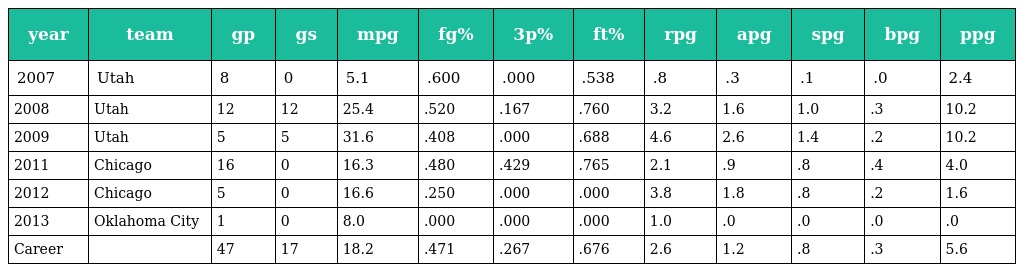
| year | team | gp | gs | mpg | fg% | 3p% | ft% | rpg | apg | spg | bpg | ppg |
 | --- | --- | --- | --- | --- | --- | --- | --- | --- | --- | --- | --- | --- |
 | 2007 | Utah | 8 | 0 | 5.1 | .600 | .000 | .538 | .8 | .3 | .1 | .0 | 2.4 |
 | 2008 | Utah | 12 | 12 | 25.4 | .520 | .167 | .760 | 3.2 | 1.6 | 1.0 | .3 | 10.2 |
 | 2009 | Utah | 5 | 5 | 31.6 | .408 | .000 | .688 | 4.6 | 2.6 | 1.4 | .2 | 10.2 |
 | 2011 | Chicago | 16 | 0 | 16.3 | .480 | .429 | .765 | 2.1 | .9 | .8 | .4 | 4.0 |
 | 2012 | Chicago | 5 | 0 | 16.6 | .250 | .000 | .000 | 3.8 | 1.8 | .8 | .2 | 1.6 |
 | 2013 | Oklahoma City | 1 | 0 | 8.0 | .000 | .000 | .000 | 1.0 | .0 | .0 | .0 | .0 |
 | Career |  | 47 | 17 | 18.2 | .471 | .267 | .676 | 2.6 | 1.2 | .8 | .3 | 5.6 |